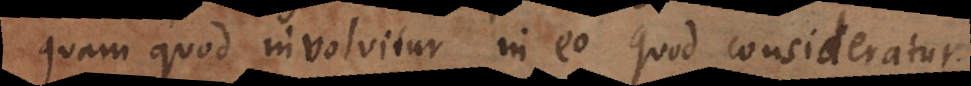
quam quod involvitur in eo quod consideratur.